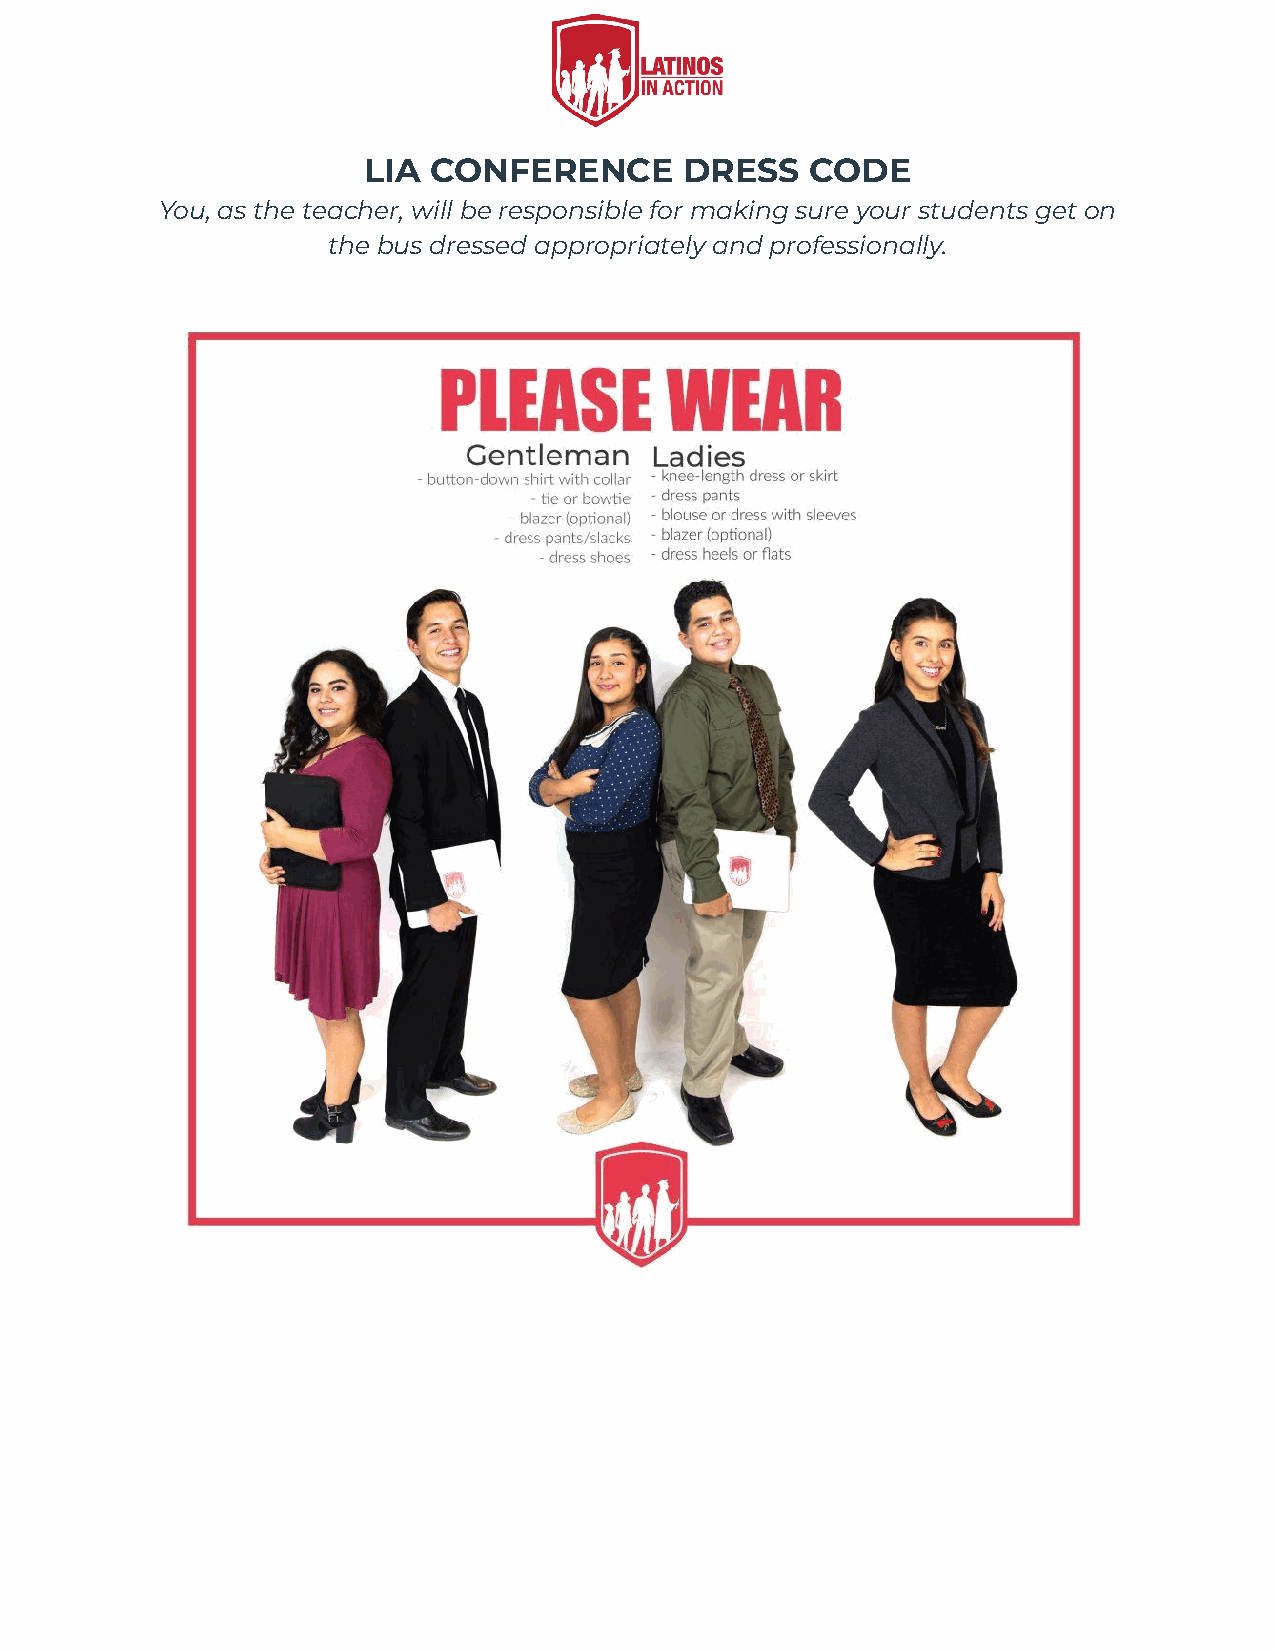
LIA CONFERENCE       DRESS    CODE
 You, as the teacher, will be responsible for making sure your students get on
 the bus dressed appropriately and professionally.